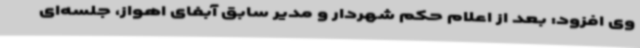
وی افزود: بعد از اعلام حکم شهردار و مدیر سابق آبفای اهواز، جلسه‌ای